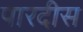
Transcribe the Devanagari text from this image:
पारदीस